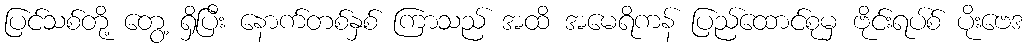
ပြင်သစ်တို့ တွေ့ ရှိပြီး နောက်တစ်နှစ် ကြာသည် အထိ အမေရိကန် ပြည်ထောင်စုမှ ဗိုင်းရပ်စ် ပိုးဗေဒ